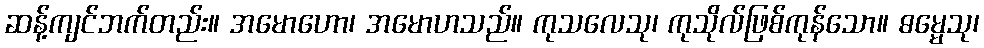
ဆန့်ကျင်ဘက်တည်း။ အမောဟော၊ အမောဟသည်။ ကုသလေသု၊ ကုသိုလ်ဖြစ်ကုန်သော။ ဓမ္မေသု၊